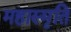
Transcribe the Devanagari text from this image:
महास्मृति